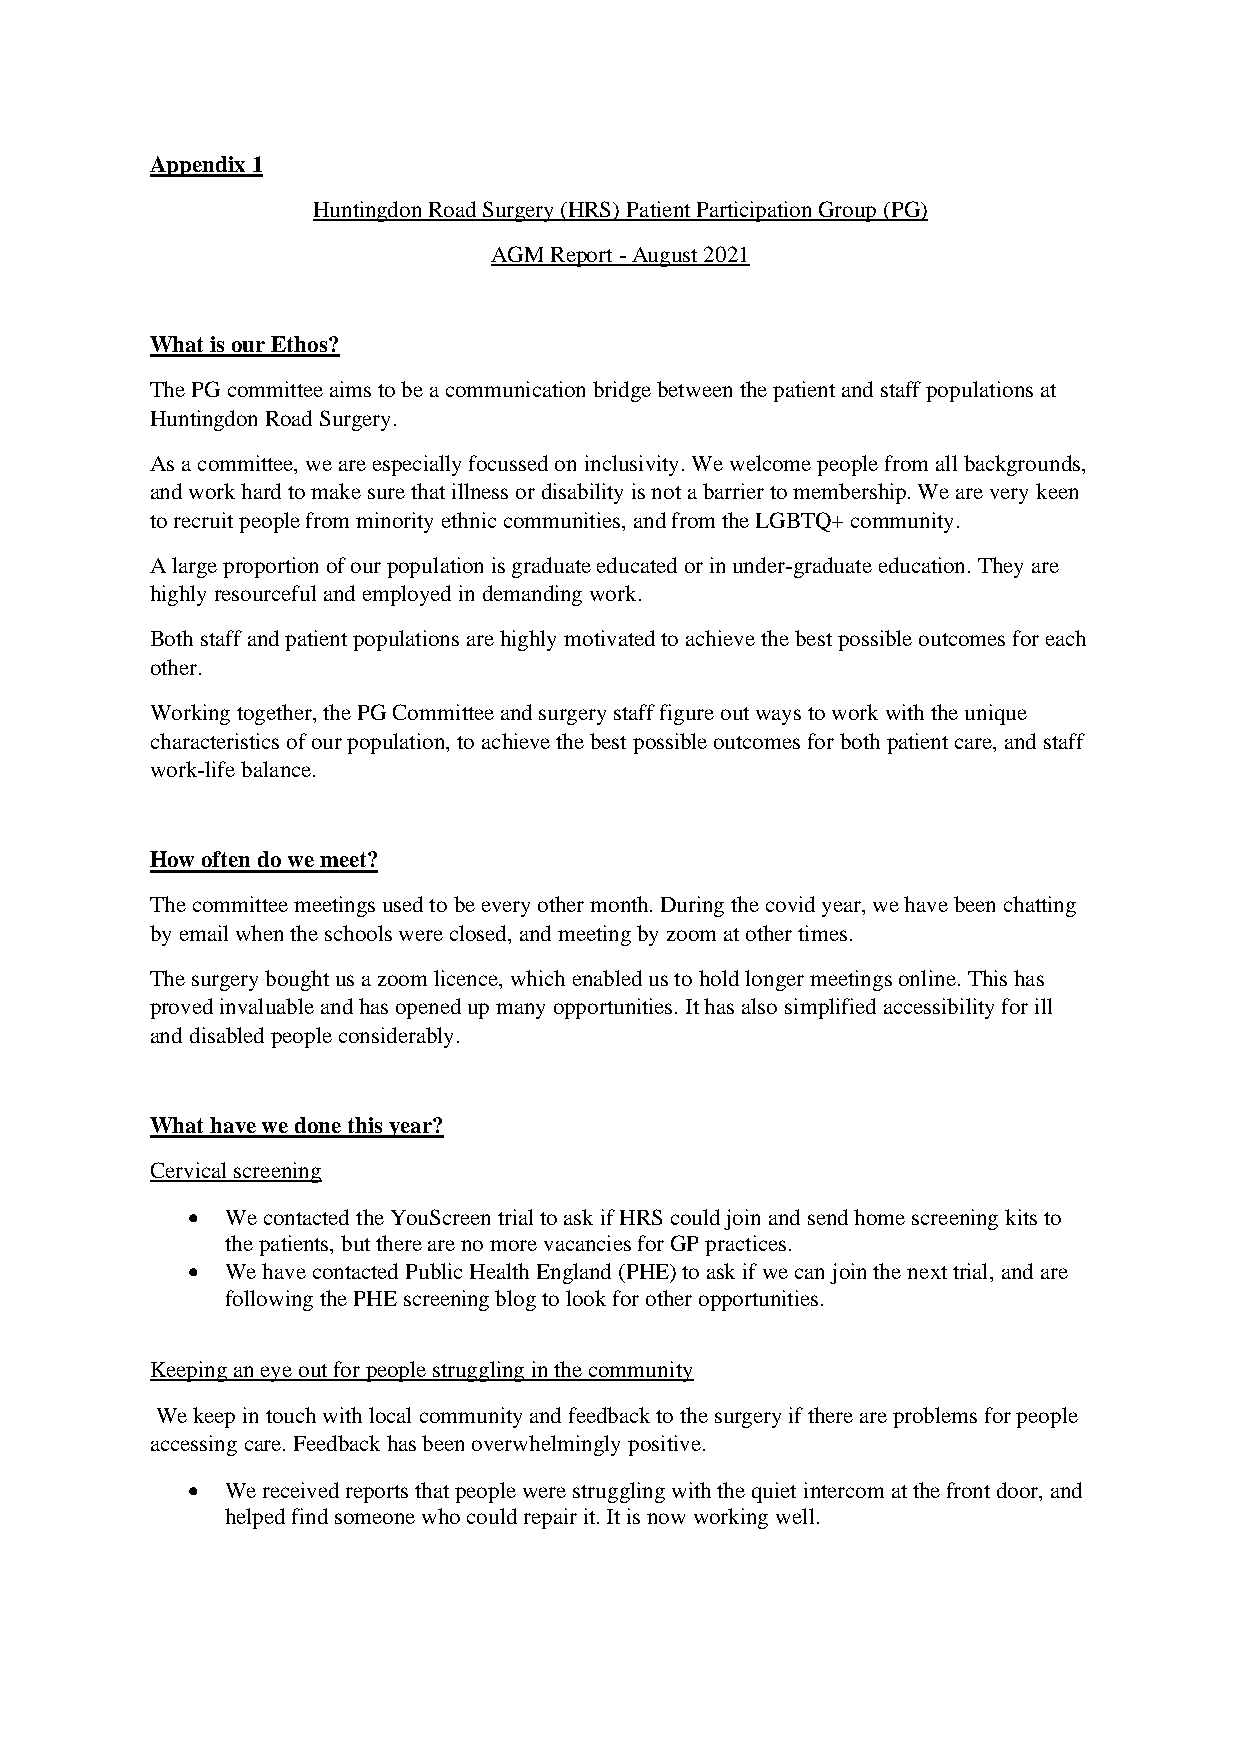
Appendix 1
 Huntingdon Road Surgery (HRS) Patient Participation Group (PG)
 AGM Report - August 2021
 What is our Ethos?
 The PG committee aims to be a communication bridge between the patient and staff populations at
 Huntingdon Road Surgery.
 As a committee, we are especially focussed on inclusivity. We welcome people from all backgrounds,
 and work hard to make sure that illness or disability is not a barrier to membership. We are very keen
 to recruit people from minority ethnic communities, and from the LGBTQ+ community.
 A large proportion of our population is graduate educated or in under-graduate education. They are
 highly resourceful and employed in demanding work.
 Both staff and patient populations are highly motivated to achieve the best possible outcomes for each
 other.
 Working together, the PG Committee and surgery staff figure out ways to work with the unique
 characteristics of our population, to achieve the best possible outcomes for both patient care, and staff
 work-life balance.
 How often do we meet?
 The committee meetings used to be every other month. During the covid year, we have been chatting
 by email when the schools were closed, and meeting by zoom at other times.
 The surgery bought us a zoom licence, which enabled us to hold longer meetings online. This has
 proved invaluable and has opened up many opportunities. It has also simplified accessibility for ill
 and disabled people considerably.
 What have we done this year?
 Cervical screening
 •  We contacted the YouScreen trial to ask if HRS could join and send home screening kits to
 the patients, but there are no more vacancies for GP practices.
 •  We have contacted Public Health England (PHE) to ask if we can join the next trial, and are
 following the PHE screening blog to look for other opportunities.
 Keeping an eye out for people struggling in the community
 We keep in touch with local community and feedback to the surgery if there are problems for people
 accessing care. Feedback has been overwhelmingly positive.
 •  We received reports that people were struggling with the quiet intercom at the front door, and
 helped find someone who could repair it. It is now working well.